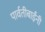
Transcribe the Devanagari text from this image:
पार्वतीबाईंनी